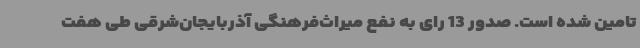
تامین شده است. صدور 13 رای به نفع میراث‌فرهنگی آذربایجان‌شرقی طی هفت